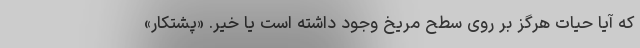
که آیا حیات هرگز بر روی سطح مریخ وجود داشته است یا خیر. «پشتکار»